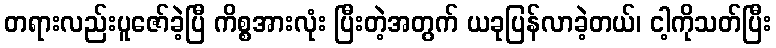
တရားလည်းပူဇော်ခဲ့ပြီ ကိစ္စအားလုံး ပြီးတဲ့အတွက် ယခုပြန်လာခဲ့တယ်၊ ငါ့ကိုသတ်ပြီး